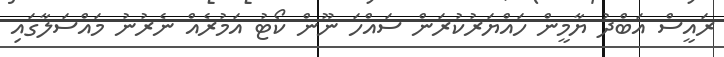
ރައީސް އަބްދު ޔާމީން ހައްޔަރުކުރަން ސައްހަ ނޫން ކޯޓު އަމުރެއް ނެރުނު މައްސަލާގައި